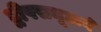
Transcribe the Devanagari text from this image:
द्वीपसमूहाने